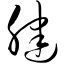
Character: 腱